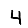
Digit: 4